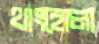
থাংহোলা